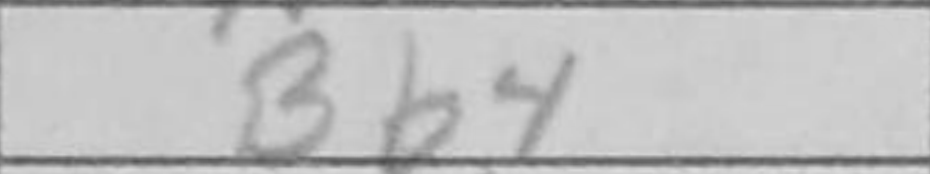
Transcription: Bb4